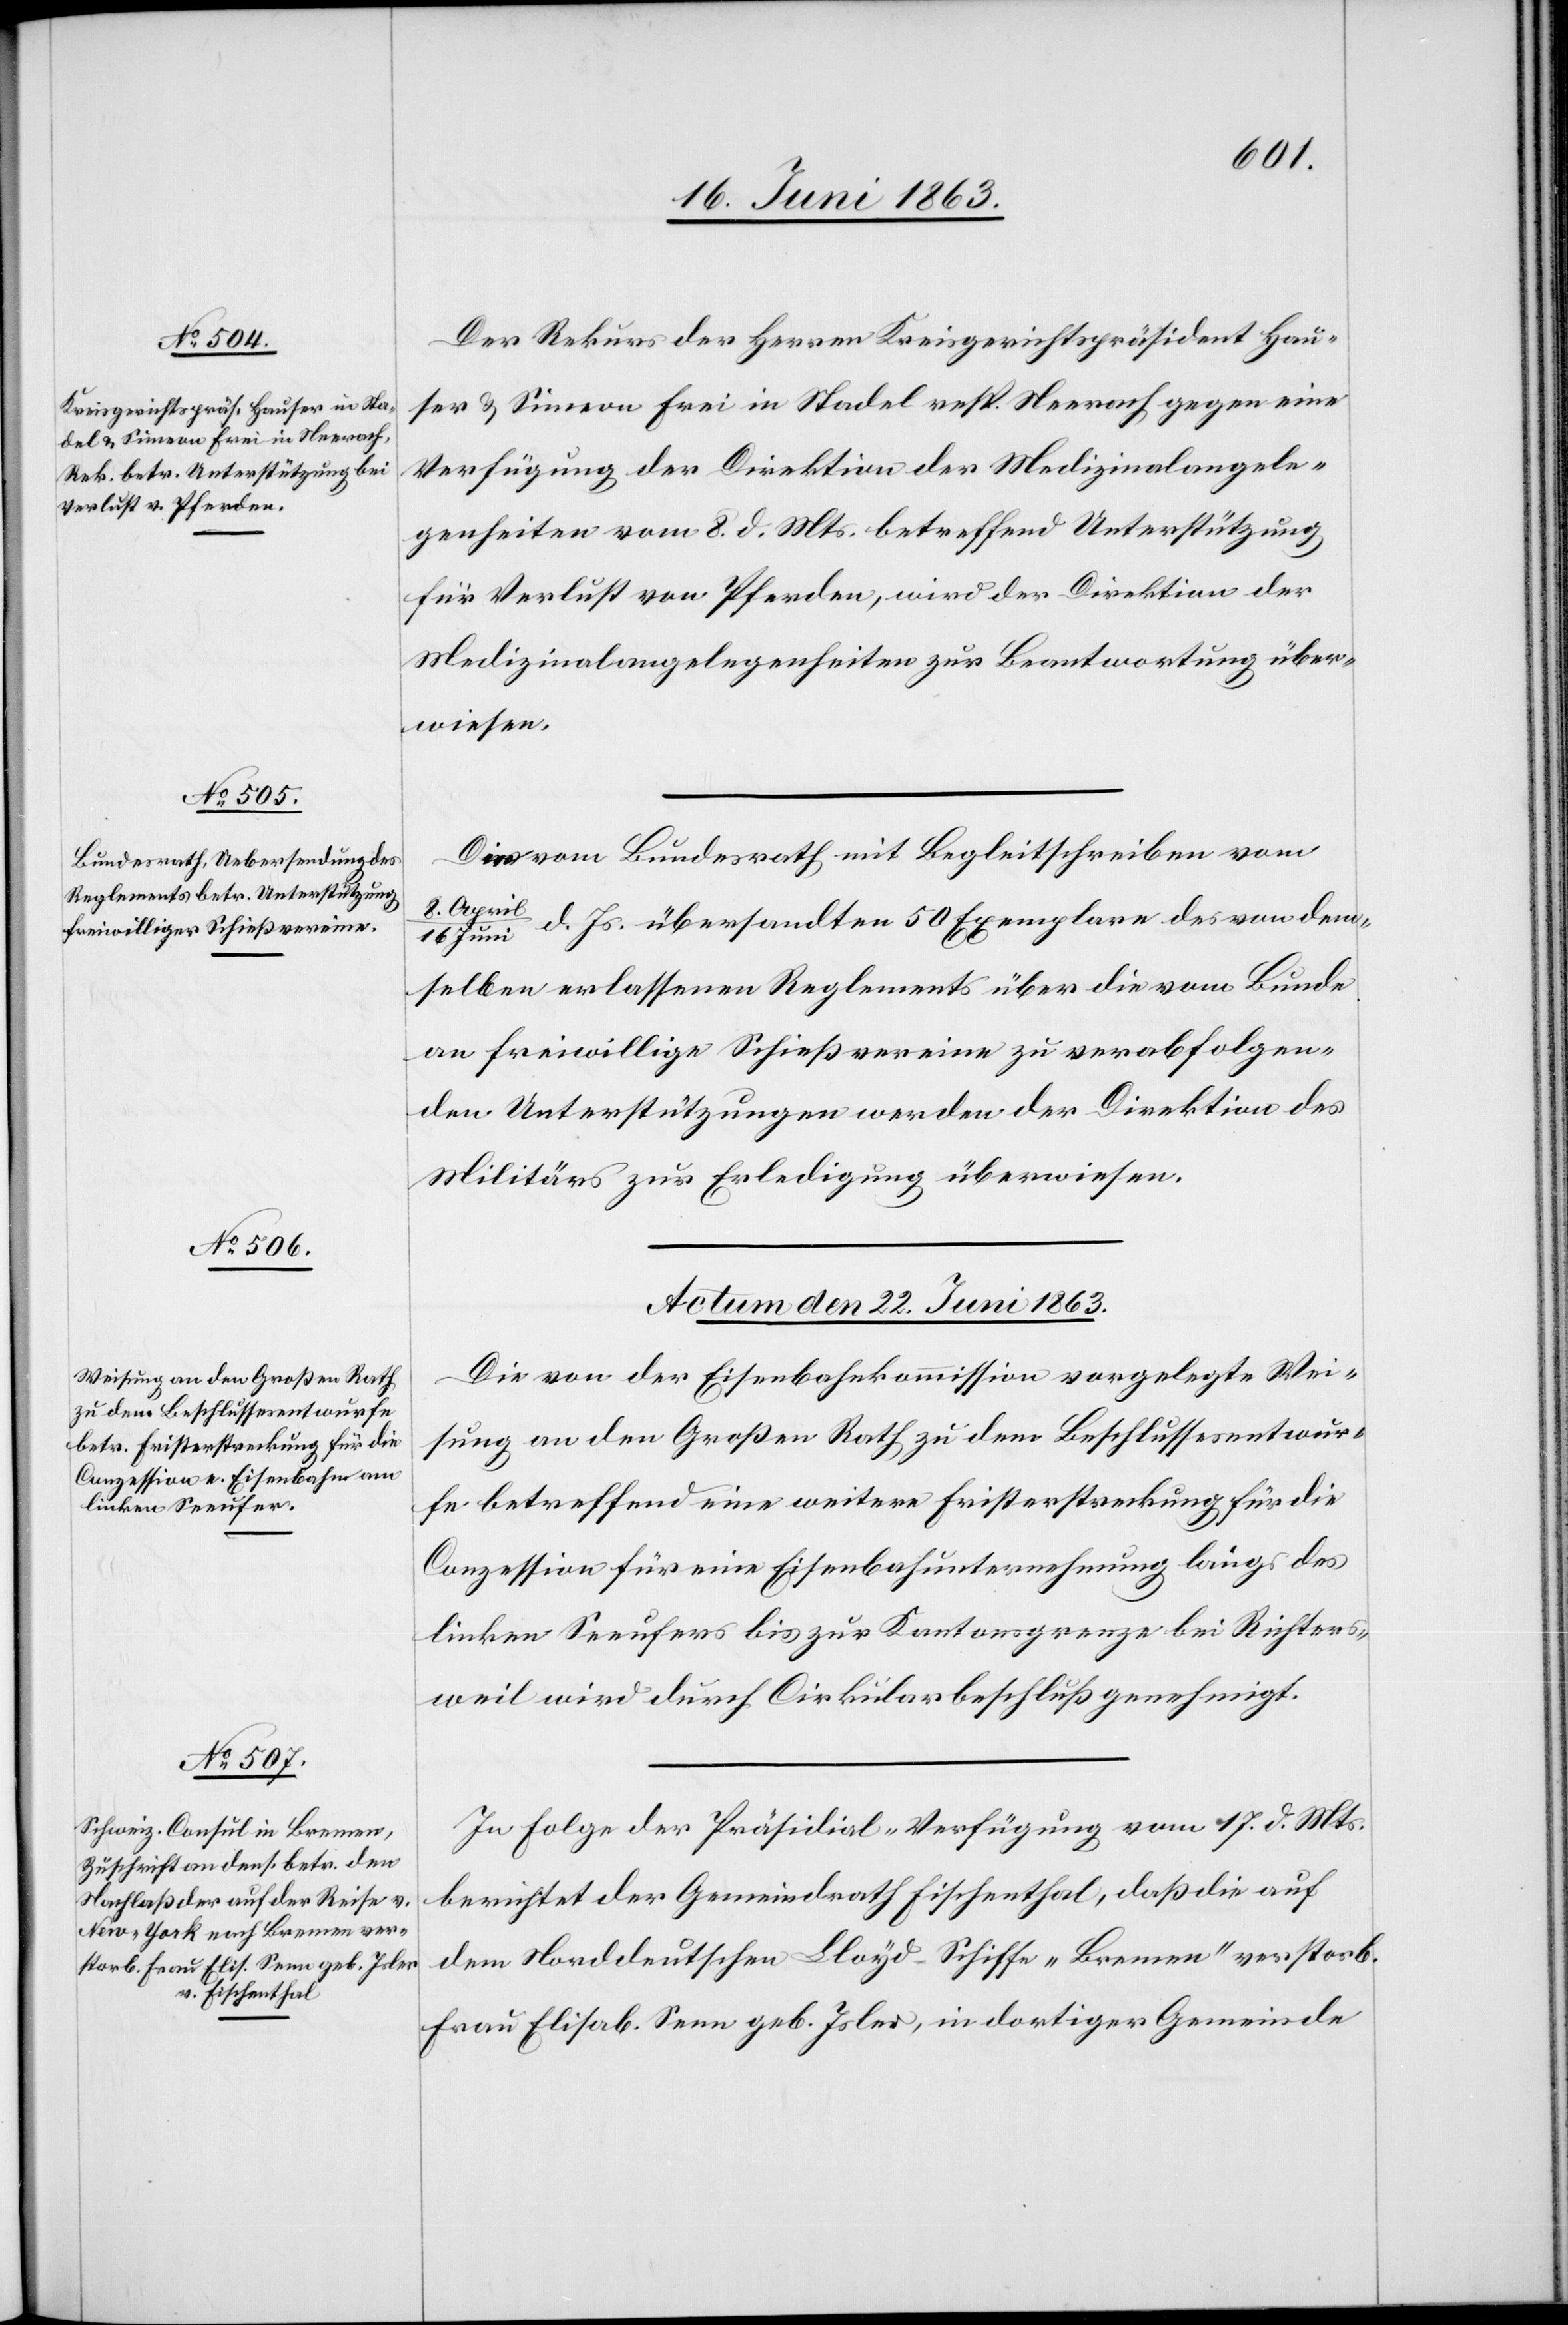
Der Rekurs der Herren Kreisgerichtspräsident Hau¬
ser & Simeon Frei in Stadel resp. Neerach gegen eine
Verfügung der Direktion der Medizinalangele¬
genheiten vom 8. d. Mts. betreffend Unterstützung
für Verlust von Pferden, wird der Direktion der
Medizinalangelegenheiten zur Beantwortung über¬
wiesen.
Die vom Bundesrath mit Begleitschreiben vom
8.
Apri¬
d. Js. übersandten 50 Exemplare des von dem¬
l/16 Juni
selben erlassenen Reglements über die vom Bunde
an freiwillige Schießvereine zu verabfolgen¬
den Unterstützungen werden der Direktion des
Militärs zur Erledigung überwiesen.
Actum den 22. Juni 1863.]
Die von der Eisenbahnkommission vorgelegte Wei¬
sung an den Großen Rath zu dem Beschlussesentwur¬
fe betreffend eine weitere Fristerstreckung für die
Conzession für eine Eisenbahnunternehmung längs des
linken Seeufers bis zur Kantonsgrenze bei Richters¬
weil wird durch Cirkularbeschluß genehmigt.
In Folge der Präsidial-Verfügung vom 17. d. Mts.
berichtet der Gemeindrath Fischenthal, daß die auf
dem Norddeutschen Lloyd-Schiffe „Bremen“ verstorb.
Frau Elisab. Senn geb. Isler, in dortiger Gemeinde